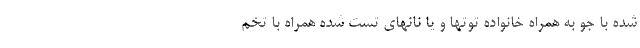
شده با جو به همراه خانواده توتها و یا نانهای تست شده همراه با تخم